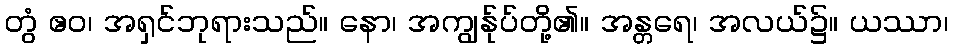
တွံ ဧဝ၊ အရှင်ဘုရားသည်။ နော၊ အကျွန်ုပ်တို့၏။ အန္တရေ၊ အလယ်၌။ ယဿာ၊